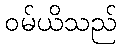
ဝမ်ယိသည်